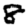
Digit: 8